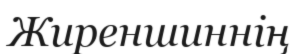
Жиреншиннің